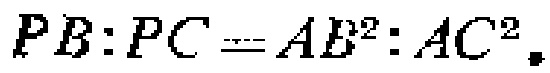
\(PB:PC = AB^{2}:AC^{2}\)